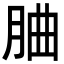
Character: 𦚼